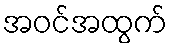
အဝင်အထွက်